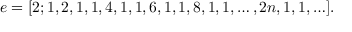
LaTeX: e = [ 2 ; 1 , 2 , 1 , 1 , 4 , 1 , 1 , 6 , 1 , 1 , 8 , 1 , 1 , \ldots , 2 n , 1 , 1 , \ldots ] .